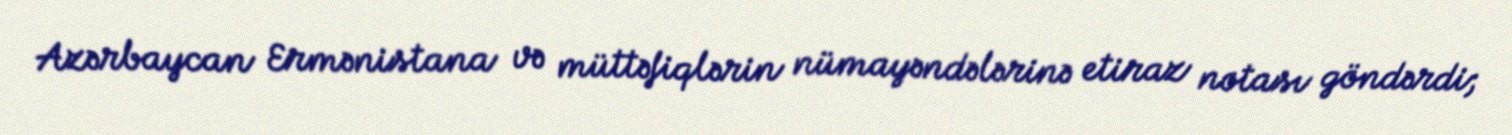
Azərbaycan Ermənistana və müttəfiqlərin nümayəndələrinə etiraz notası göndərdi;